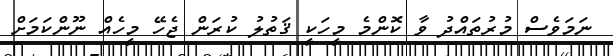
ނަމަވެސް މުރުތައްދު ވާ ކޮންމެ މީހަކީ ޤަތުލު ކުރަން ޖެހޭ މީހެއް ނޫންކަމަށް